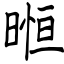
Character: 暅